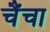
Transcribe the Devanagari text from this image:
चैंचा